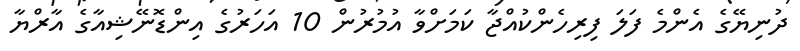
ދުނިޔޭގެ އެންމެ ފަލަ ފިރިހެންކުއްޖާ ކަމަށްވާ އުމުރުން 10 އަހަރުގެ އިންޑޮނޭޝިއާގެ އާރްޔާ